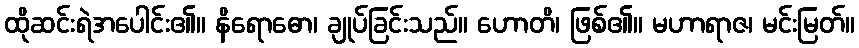
ထိုဆင်းရဲအပေါင်း၏။ နိရောဓော၊ ချုပ်ခြင်းသည်။ ဟောတိ၊ ဖြစ်၏။ မဟာရာဇ၊ မင်းမြတ်။